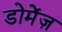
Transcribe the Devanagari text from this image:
डोमेंज़